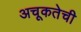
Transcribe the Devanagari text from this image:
अचूकतेची